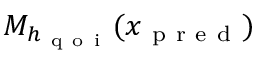
M _ { h _ { \mathrm { ~ q ~ o ~ i ~ } } } ( x _ { \mathrm { ~ p ~ r ~ e ~ d ~ } } )